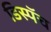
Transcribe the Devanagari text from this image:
डिस्पॅच